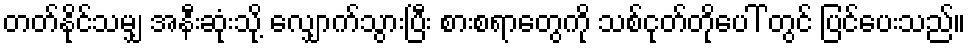
တတ်နိုင်သမျှ အနီးဆုံးသို့ လျှောက်သွားပြီး စားစရာတွေကို သစ်ငုတ်တိုပေါ် တွင် ပြင်ပေးသည်။